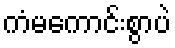
ကံမကောင်းစွာပဲ